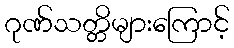
ဂုဏ်သတ္တိများကြောင့်